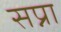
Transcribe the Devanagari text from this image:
सप्ना